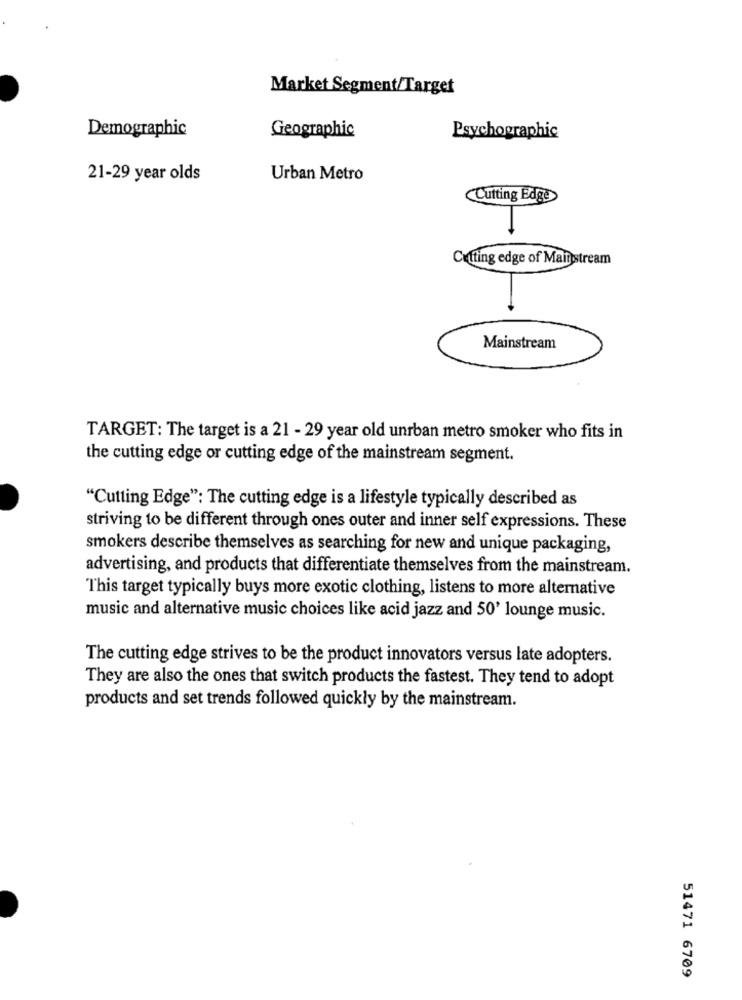
Market Segment/Target
Demographic
Geographic
Psychographic
21-29 year olds
Urban Metro
Cutting Edge
Cutting edge of Mainstream
Mainstream
TARGET: The target is a 21 - 29 year old unrban metro smoker who fits in
the cutting edge or cutting edge of the mainstream segment.
"Cutting Edge": The cutting edge is a lifestyle typically described as
striving to be different through ones outer and inner self expressions. These
smokers describe themselves as searching for new and unique packaging,
advertising, and products that differentiate themselves from the mainstream.
This target typically buys more exotic clothing, listens to more alternative
music and alternative music choices like acid jazz and 50' lounge music.
The cutting edge strives to be the product innovators versus late adopters.
They are also the ones that switch products the fastest. They tend to adopt
products and set trends followed quickly by the mainstream.
51471 6709